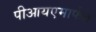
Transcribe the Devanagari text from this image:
पीआयएमार्फत